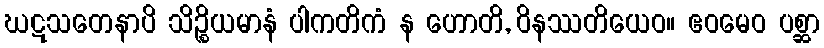
ဃဋသတေနာပိ သိဉ္စိယမာနံ ပါကတိကံ န ဟောတိ, ဝိနဿတိယေဝ။ ဧဝမေဝ ပစ္ဆာ